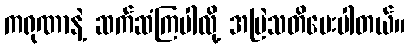
ကရုဏာနဲ့ ဆက်ဆံကြပါလို့ အမြဲသတိပေးပါတယ်။